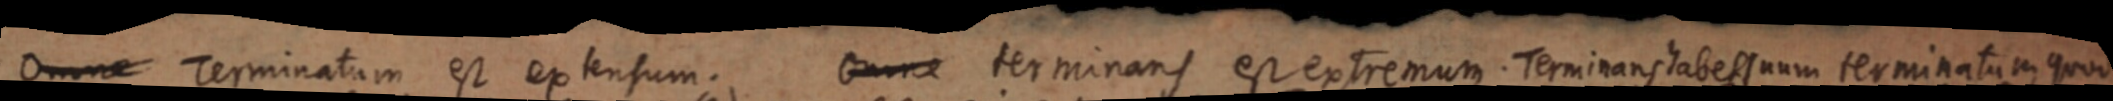
Omne Terminatum est extensum. terminans est extremum Ternirans tabessuum terminatum quod